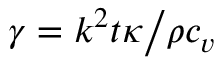
\gamma = { { { k ^ { 2 } } t \kappa } \mathord { \left/ { \vphantom { { { k ^ { 2 } } t \kappa } { \rho { c _ { v } } } } } \right. \kern - \nulldelimiterspace } { \rho { c _ { v } } } }